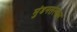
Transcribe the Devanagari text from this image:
मुंडनसंस्कार